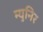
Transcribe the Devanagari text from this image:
म्युनिर